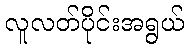
လူလတ်ပိုင်းအရွယ်